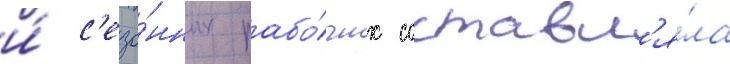
и́ с'езо́нных рабо́чих составл'я́ла